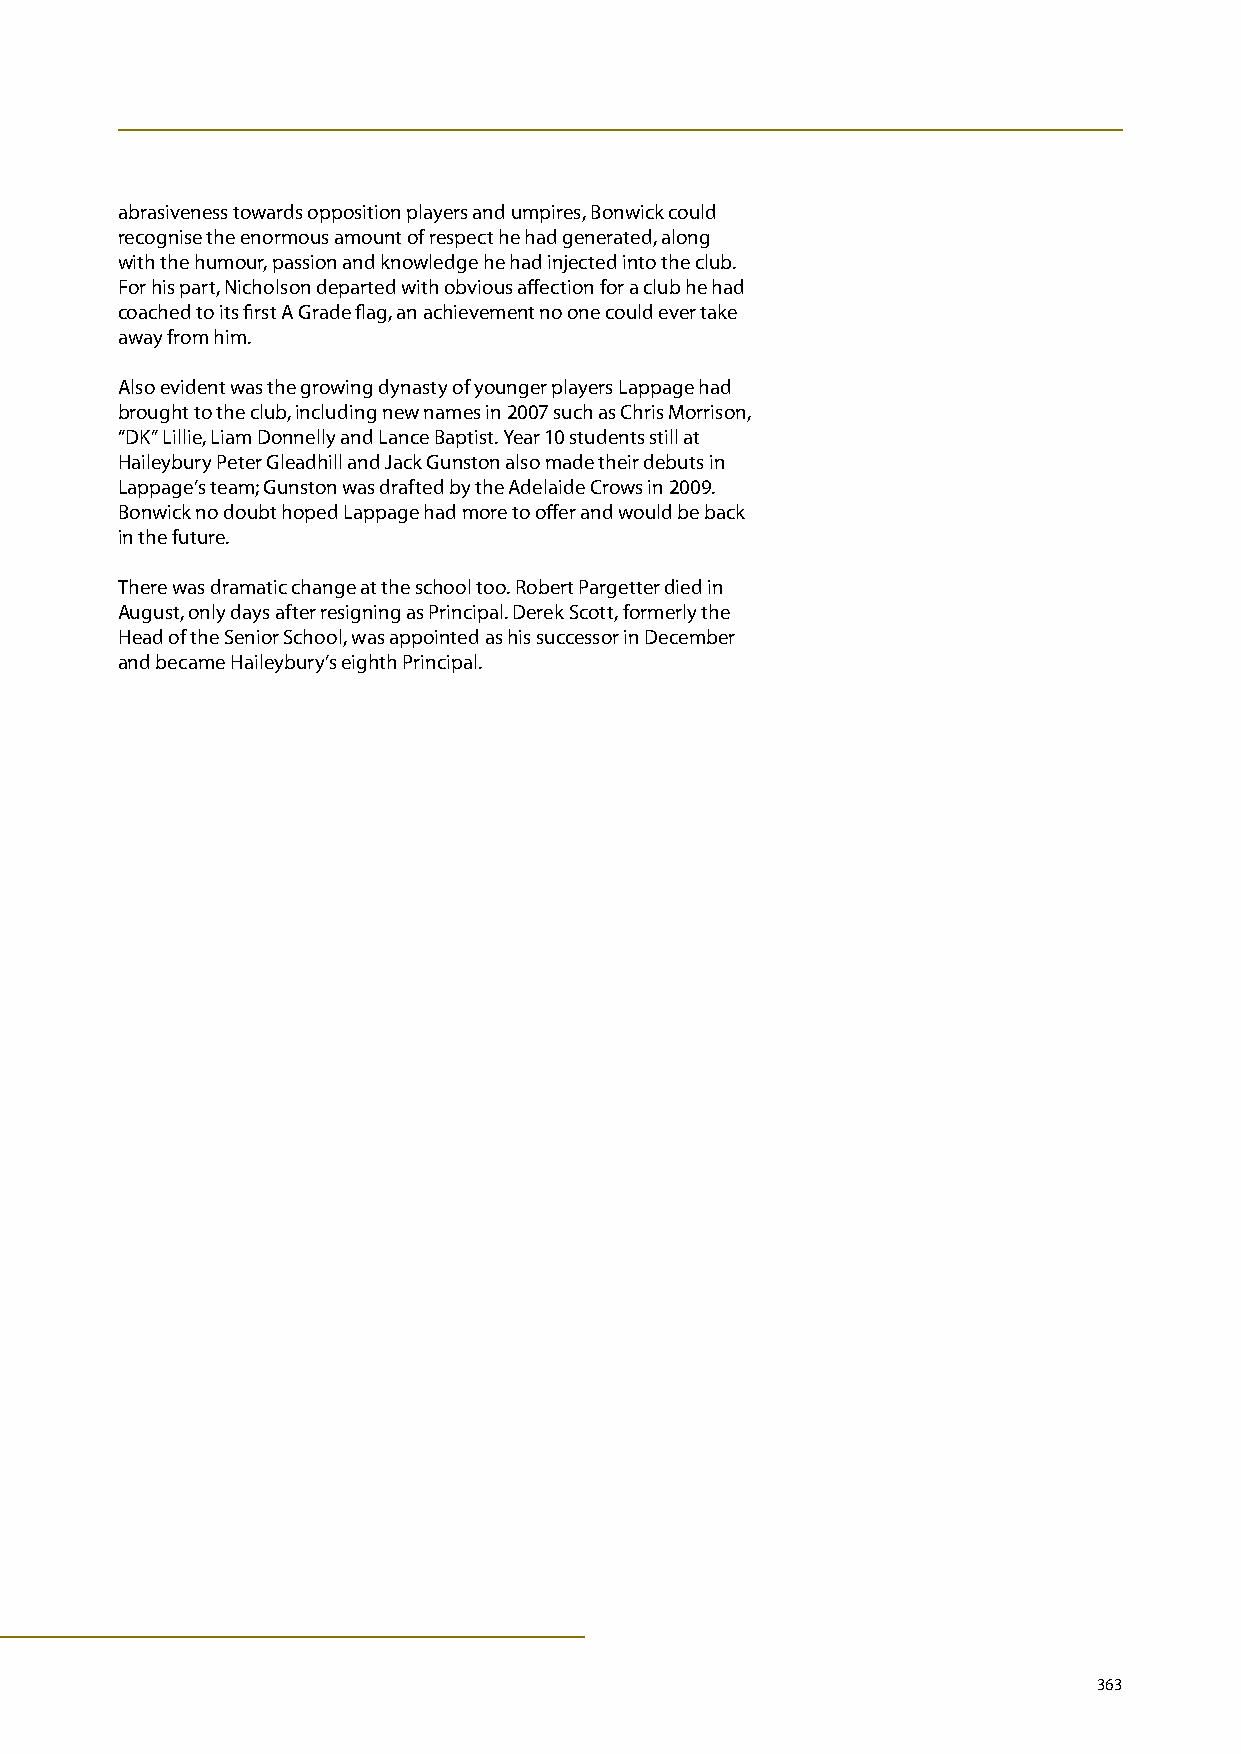
abrasiveness towards opposition players and umpires, Bonwick could
 recognise the enormous amount of respect he had generated, along
 with the humour, passion and knowledge he had injected into the club.
 For his part, Nicholson departed with obvious affection for a club he had
 coached to its first A Grade flag, an achievement no one could ever take
 away from him.
 Also evident was the growing dynasty of younger players Lappage had
 brought to the club, including new names in 2007 such as Chris Morrison,
 “DK” Lillie, Liam Donnelly and Lance Baptist. Year 10 students still at
 Haileybury Peter Gleadhill and Jack Gunston also made their debuts in
 Lappage’s team; Gunston was drafted by the Adelaide Crows in 2009.
 Bonwick no doubt hoped Lappage had more to offer and would be back
 in the future.
 There was dramatic change at the school too. Robert Pargetter died in
 August, only days after resigning as Principal. Derek Scott, formerly the
 Head of the Senior School, was appointed as his successor in December
 and became Haileybury’s eighth Principal.
 363